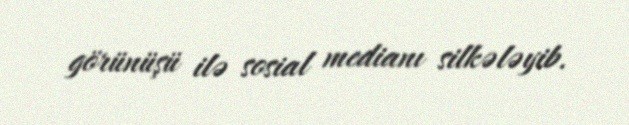
görünüşü ilə sosial medianı silkələyib.